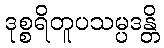
ဒုစ္စရိတူပသမ္ပဒန္တိ